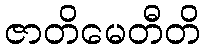
ဇာတိမေတီတိ